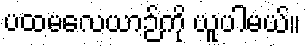
ပထမလေယာဉ်ကို ယူပါမယ်။